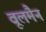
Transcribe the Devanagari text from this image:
वूलमैन